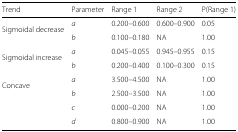
| Trend | Parameter | Range 1 | Range 2 | P(Range 1) |
 | --- | --- | --- | --- | --- |
 | Sigmoidal decrease | a | 0.200–0.600 | 0.600–0.900 | 0.05 |
 |  | b | 0.100–0.180 | NA | 1.00 |
 | Sigmoidal increase | a | 0.045–0.055 | 0.945–0.955 | 0.15 |
 |  | b | 0.200–0.400 | 0.100–0.300 | 0.15 |
 | Concave | a | 3.500–4.500 | NA | 1.00 |
 |  | b | 2.500–3.500 | NA | 1.00 |
 |  | c | 0.000–0.200 | NA | 1.00 |
 |  | d | 0.800–0.900 | NA | 1.00 |